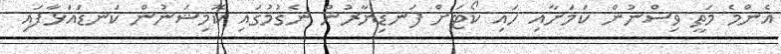
އެންމެ މަތީ ވިސްނުން ކަމަށާއި ހައި ކޯޓަށް ފަނޑިޔާރުން ނެގުމުގައި ކޮމިޝަނުން ކަނޑައަޅާފައި